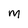
Character: m